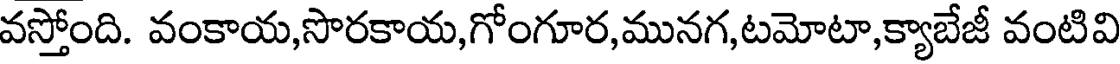
వస్తోంది. వంకాయ,సొరకాయ,గోంగూర,మునగ,టమోటా,క్యాబేజీ వంటివి